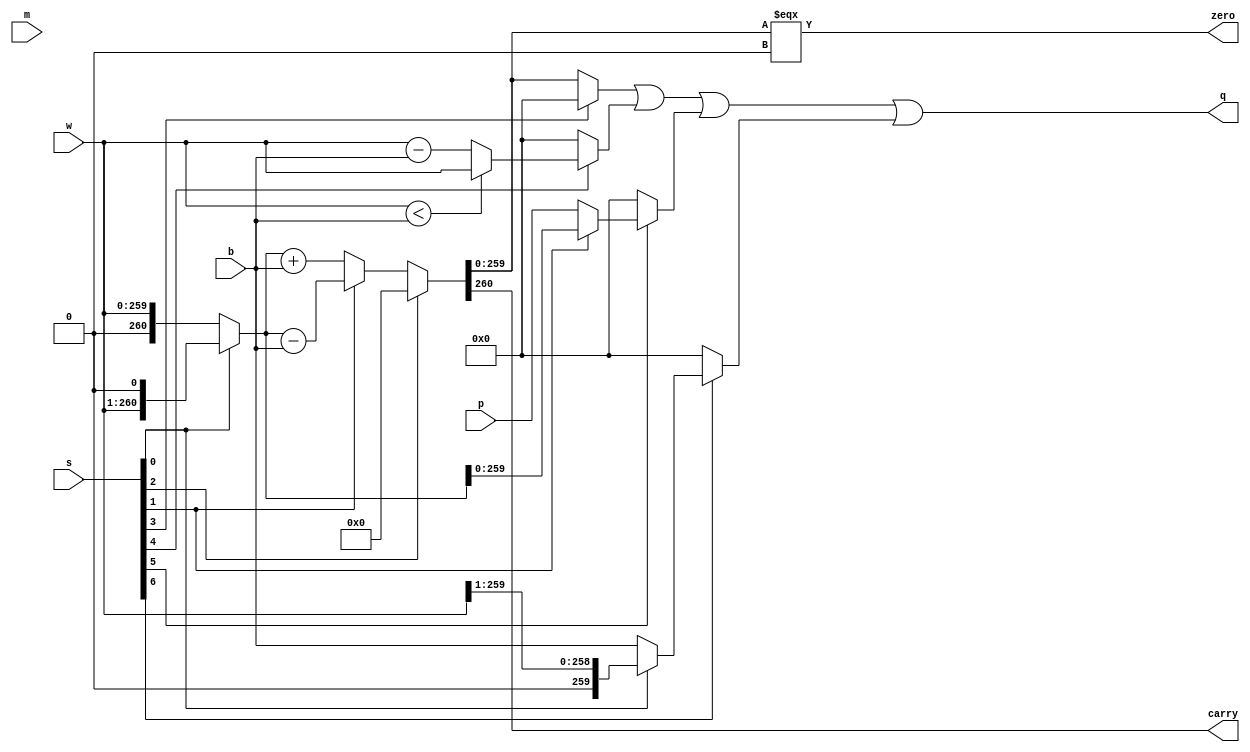
//-------------------------------------------------------------------------------
// Copyright (c) 2017-2021 AsicVault O
//
// Description : eccop_alu
// License     : Solderpad Hardware License v2.1 with Commons Clause, LICENSE.md
//-------------------------------------------------------------------------------

module eccop_alu #(parameter P_WIDTH = 260) (
	input		[P_WIDTH-1:0]	w		,
	input		[P_WIDTH-1:0]	b		,
	input		[P_WIDTH-1:0]	m		,
	input		[P_WIDTH-1:0]	p		,
	input		[        6:0]	s		,
	output		[P_WIDTH-1:0]	q		,
	output						zero	,
	output						carry	
);

	//operations:
	//s[6:0]
	//0000000 : q = w + b
	//0000001 : q = 2w + b
	//0000010 : q = w - b
	//0000011 : q = 2w - b

	//0000100 : q = 0 // w
	//0000101 : q = 0 // 2w

	//0011000 : q = (w >= b)? w - b : w //part of fast prime
	
	//0101000 : q = p
	//0101010 : q = w
	//0101011 : q = 2w
	//1001000 : q = b
	//1001001 : q = w >> 1
	

	wire [P_WIDTH-1:0] z, t, u;
	wire [P_WIDTH:0] sum, a, x, y, mb;
	
	assign mb = -b;
	
	assign x = s[0]? w << 1 : w;
	//assign y = s[2]? 0 : s[1]? mb : b;
	assign sum = s[2]? 0 : s[1]? x - b : x + b;
	assign a = s[3]? 0 : sum;
	assign carry =  sum[P_WIDTH];
	assign zero  = (sum[P_WIDTH-1:0] === {(P_WIDTH){1'b0}});

	// half of fast prime implemented directly
	assign z = s[4]? (w < b)? w : w - b : 0;

	//assign t = s[5]? s[0]? m : p  : 0;
	assign t = s[5]? s[1]? x : p  : 0;
	assign u = s[6]? s[0]? w >> 1 : b : 0;
	assign q = a | z | t | u;
	
endmodule

/* This variant is not optimal

module eccop_alu1 #(parameter P_WIDTH = 260) (
	input		[P_WIDTH-1:0]	w		,
	input		[P_WIDTH-1:0]	b		,
	input		[P_WIDTH-1:0]	m		,
	input		[P_WIDTH-1:0]	p		,
	input		[        6:0]	s		,
	output	reg	[P_WIDTH-1:0]	q		,
	output		reg				zero	,
	output		reg				carry	
);

	reg [P_WIDTH:0] b2, o;
	
	always @* begin
		carry = 0;
		zero = 0;
		b2 = b << 1;
		case (s[3:0]) 
			'd1 : q = b2;
			'd2 : begin q = w + b; zero = (q[P_WIDTH-1:0] === {(P_WIDTH){1'b0}}); carry = q[P_WIDTH]; end
			'd3 : begin q = w - b; zero = (q[P_WIDTH-1:0] === {(P_WIDTH){1'b0}}); carry = q[P_WIDTH]; end
			'd4 : begin q = w + b2; zero = (q[P_WIDTH-1:0] === {(P_WIDTH){1'b0}}); carry = q[P_WIDTH]; end
			'd5 : q = (w >= b)? (w >= b2)? w - b2 : w - b : w;
			'd6 : q = w[0]? (w + b)>>1 : w >> 1;
			'd7 : q = m;
			'd8 : q = p;
		default : q = b;
		endcase
	end
	
endmodule
*/

`ifdef __SYN_TEST
module eccop_alu_wrp #(parameter P_WIDTH = 260) (
	input		clk		,
	input		i		,
	output		o 		
);

	reg [P_WIDTH-1:0] w,b,m,p,q;
	reg [6:0] s;
	reg z,c;
	wire [P_WIDTH-1:0] wq;
	wire wc, wz;
	assign o = c ^ z ^ ^q;
	
	always @(posedge clk) begin
		w <= {w[P_WIDTH-2:0],i};
		b <= {b[P_WIDTH-2:0],w[P_WIDTH-1]};
		m <= {m[P_WIDTH-2:0],b[P_WIDTH-1]};
		p <= {p[P_WIDTH-2:0],m[P_WIDTH-1]};
		s <= {s[7-2:0],p[P_WIDTH-1]};
		c <= wc;
		z <= wz;
		q <= wq;
	end

	eccop_alu2 #(P_WIDTH) i_eccop_alu (
		.w		(	w	),
		.b		(	b	),
		.m		(	m	),
		.p		(	p	),
		.s		(	s	),
		.q		(	wq	),
		.zero	(	wz	),
		.carry	(	wc	)
	);

endmodule
`endif